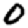
Digit: 0